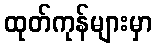
ထုတ်ကုန်များမှာ